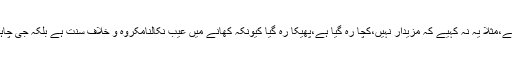
٭کھانے میں کسی قسم کا عیب نہ لگائیے،مثلاً یہ نہ کہیے کہ مزیدار نہیں،کچا رہ گیا ہے،پھیکا رہ گیا کیونکہ کھانے میں عیب نکالنامکروہ و خلافِ سنت ہے بلکہ جی چاہےتو کھالیجئے ورنہ ہاتھ روک لیجئے۔